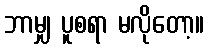
ဘာမျှ ပူစရာ မလိုတော့။